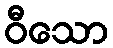
ဝီသော